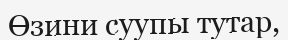
Өзини суупы тутар,